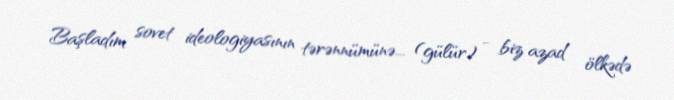
Başladım sovet ideologiyasının tərənnümünə... (gülür) - biz azad ölkədə